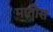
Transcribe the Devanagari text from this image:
मातोस